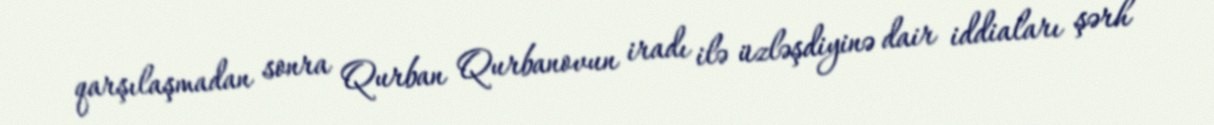
qarşılaşmadan sonra Qurban Qurbanovun iradı ilə üzləşdiyinə dair iddiaları şərh